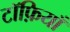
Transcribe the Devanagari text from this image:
टॉफ़ियाँ